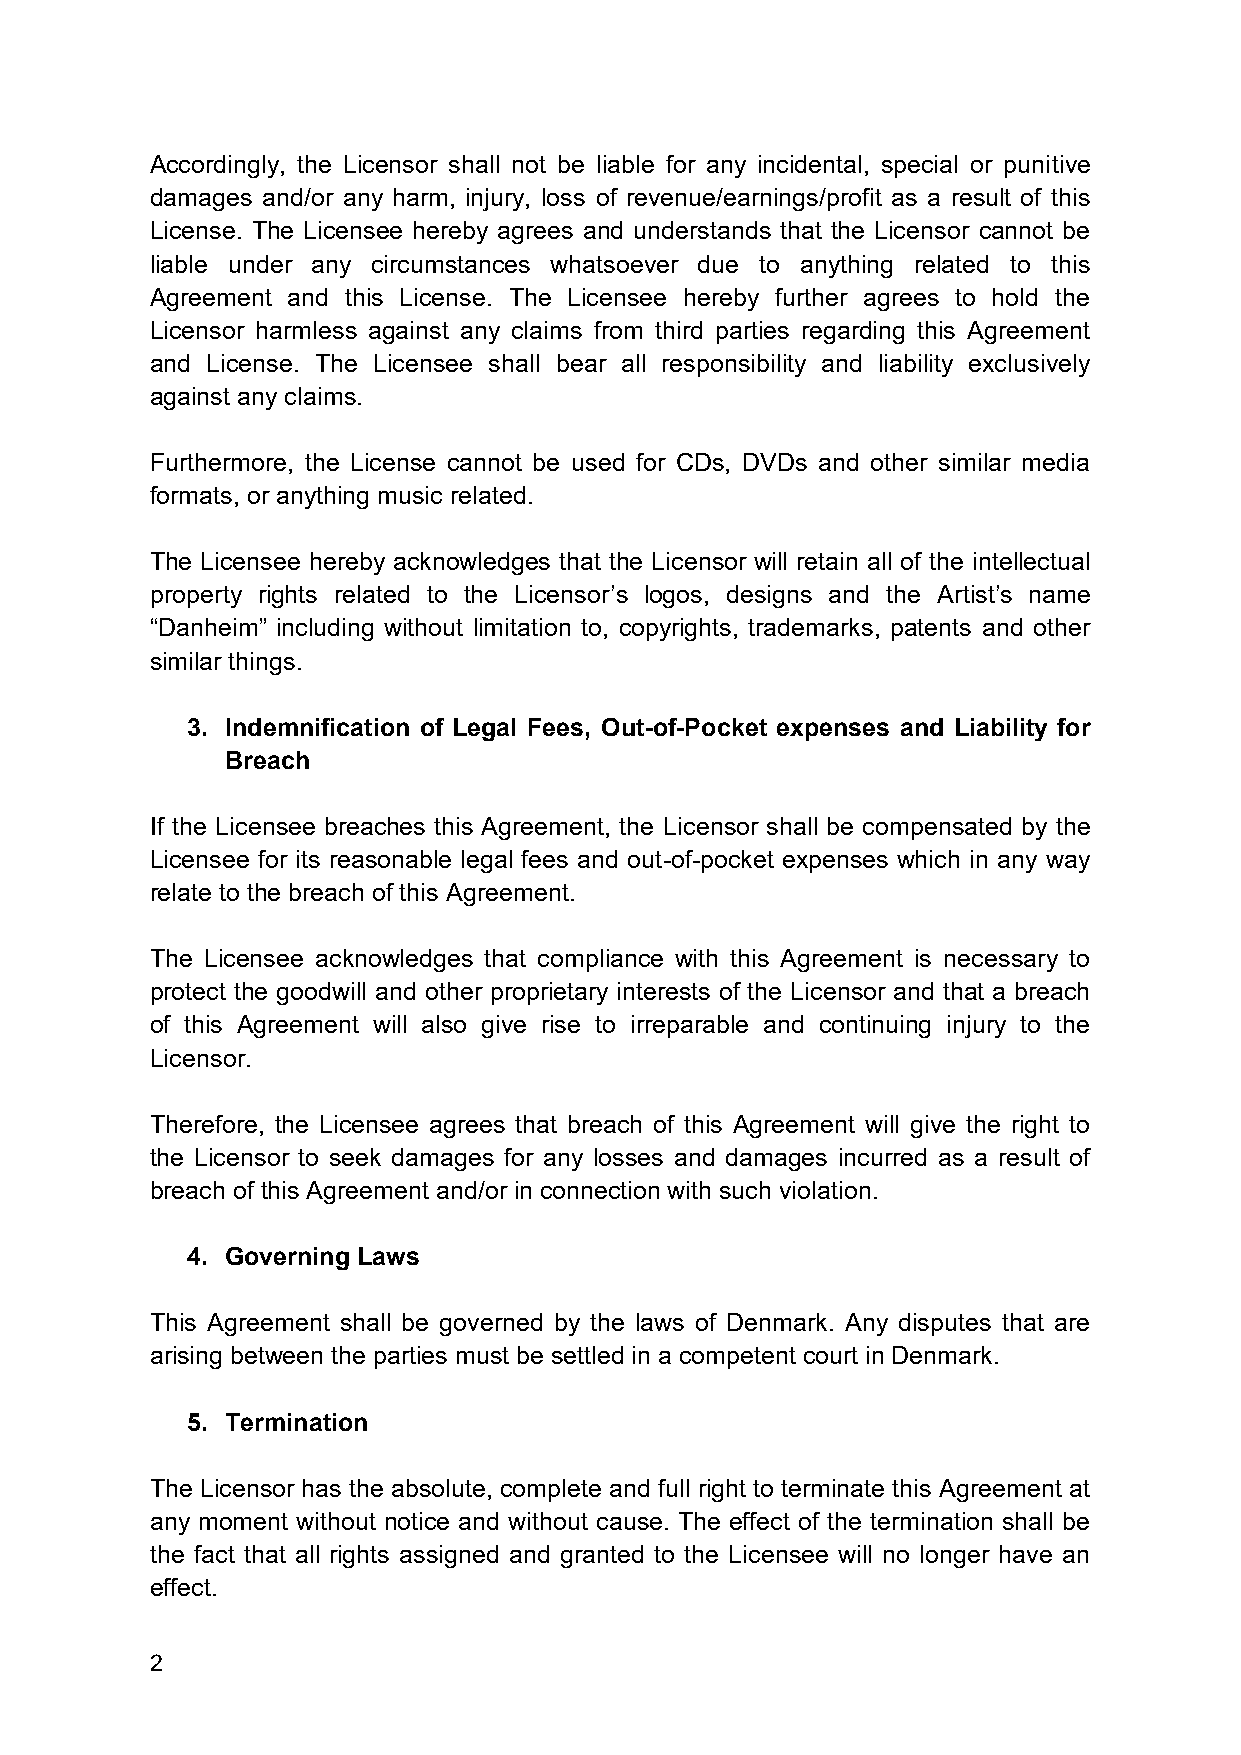
Accordingly, the Licensor shall not be liable for any incidental, special or punitive
 damages and/or any harm, injury, loss of revenue/earnings/profit as a result of this
 License. The Licensee hereby agrees and understands that the Licensor cannot be
 liable under any circumstances whatsoever due to anything related to this
 Agreement and this License. The Licensee hereby further agrees to hold the
 Licensor harmless against any claims from third parties regarding this Agreement
 and License. The Licensee shall bear all responsibility and liability exclusively
 against any claims.
 Furthermore, the License cannot be used for CDs, DVDs and other similar media
 formats, or anything music related.
 The Licensee hereby acknowledges that the Licensor will retain all of the intellectual
 property rights related to the Licensor’s logos, designs and the Artist’s name
 “Danheim” including without limitation to, copyrights, trademarks, patents and other
 similar things.
 3. Indemnification of Legal Fees, Out-of-Pocket expenses and Liability for
 Breach
 If the Licensee breaches this Agreement, the Licensor shall be compensated by the
 Licensee for its reasonable legal fees and out-of-pocket expenses which in any way
 relate to the breach of this Agreement.
 The Licensee acknowledges that compliance with this Agreement is necessary to
 protect the goodwill and other proprietary interests of the Licensor and that a breach
 of this Agreement will also give rise to irreparable and continuing injury to the
 Licensor.
 Therefore, the Licensee agrees that breach of this Agreement will give the right to
 the Licensor to seek damages for any losses and damages incurred as a result of
 breach of this Agreement and/or in connection with such violation.
 4. Governing Laws
 This Agreement shall be governed by the laws of Denmark. Any disputes that are
 arising between the parties must be settled in a competent court in Denmark.
 5. Termination
 The Licensor has the absolute, complete and full right to terminate this Agreement at
 any moment without notice and without cause. The effect of the termination shall be
 the fact that all rights assigned and granted to the Licensee will no longer have an
 effect.
 2